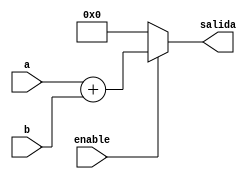
module suma(
	input [31:0]a,
	input [31:0]b,
	input enable,
	output reg [31:0]salida
);
always@*
begin
	if(enable)
	begin
		salida = a+b;
	end
	else
	begin
		salida = 0;
	end
end
endmodule